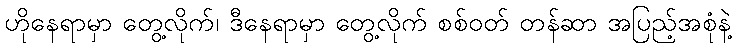
ဟိုနေရာမှာ တွေ့လိုက်၊ ဒီနေရာမှာ တွေ့လိုက် စစ်ဝတ် တန်ဆာ အပြည့်အစုံနဲ့